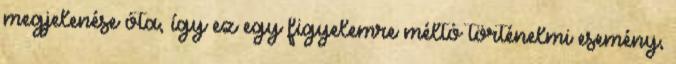
megjelenése óta, így ez egy figyelemre méltó történelmi esemény,